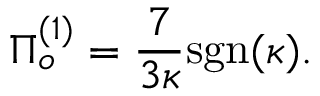
\Pi _ { o } ^ { ( 1 ) } = \frac { 7 } { 3 \kappa } \mathrm { s g n } ( \kappa ) .